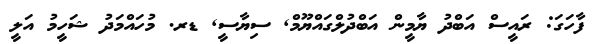
ފާހަގަ: ރައީސް އަބްދު ޔާމީން އަބްދުލްގައްޔޫމް